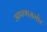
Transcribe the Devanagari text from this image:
आपणासमोर